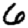
Digit: 6